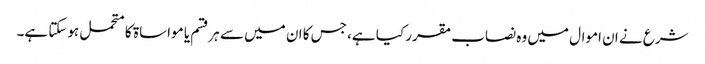
شرع نے ان اموال میں وہ نصاب مقرر کیا ہے، جس کا ان میں سے ہرقسم یا مواساۃ کا متحمل ہوسکتا ہے۔